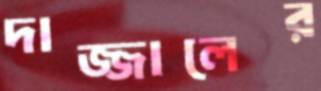
দাজ্জালের